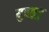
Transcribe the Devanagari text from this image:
युवकुडु